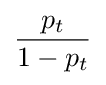
{p_{t}} \over {1-p_{t}}